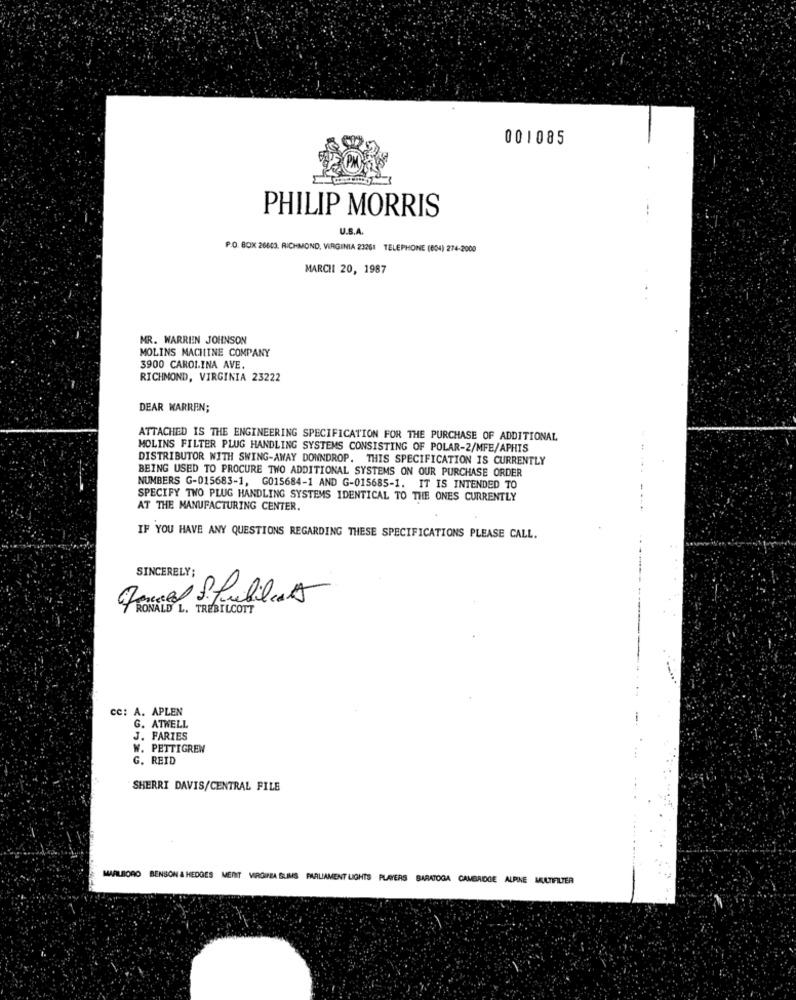
001085
PHILIP MORRIS
U.S.A
P.O. BOX 26603. RICHMOND, VIRGINIA 23261 TELEPHONE (804) 274-2000
MARCH 20, 1987
MR. WARREN JOHNSON
MOLINS MACHINE COMPANY
3900 CAROLINA AVE.
RICHMOND, VIRGINIA 23222
DEAR WARREN;
ATTACHED IS THE ENGINEERING SPECIFICATION FOR THE PURCHASE OF ADDITIONAL
MOLINS FILTER PLUG HANDLING SYSTEMS CONSISTING OF POLAR-2/MFE/APHIS
DISTRIBUTOR WITH SWING-AWAY DOWNDROP. THIS SPECIFICATION IS CURRENTLY
BEING USED TO PROCURE TWO ADDITIONAL SYSTEMS ON OUR PURCHASE ORDER
NUMBERS G-015683-1, G015684-1 AND G-015685-1. IT IS INTENDED TO
SPECIFY TWO PLUG HANDLING SYSTEMS IDENTICAL TO THE ONES CURRENTLY
AT THE MANUFACTURING CENTER.
IF YOU HAVE ANY QUESTIONS REGARDING THESE SPECIFICATIONS PLEASE CALL.
SINCERELY;
Daniel S.Publica 5
RONALD L. TREBILCOTT
cc: A. APLEN
G. ATWELL
J. FARIES
W. PETTIGREW
G. REID
SHERRI DAVIS/CENTRAL FILE
MARLBORO BENSON & HEDGES MENT VIRGINIA SLIMS PARLIAMENT LIGHTS PLAYERS BARATOGA CAMBRIDGE ALPINE MULTIFILTER